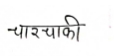
मजकूर: चारचाकी